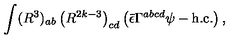
\int ( R ^ { 3 } ) _ { a b } \left( R ^ { 2 k - 3 } \right) _ { c d } \left( \bar { \epsilon } \Gamma ^ { a b c d } \psi - \mathrm { h . c . } \right) ,